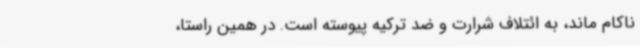
ناکام ماند، به ائتلاف شرارت و ضد ترکیه پیوسته است. در همین راستا،